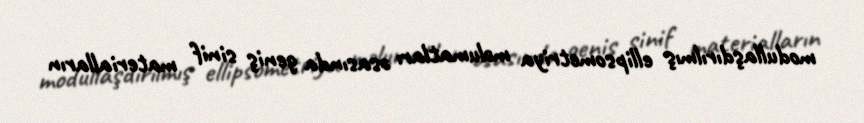
modullaşdırılmış ellipsometriya məlumatları əsasında geniş sinif materialların